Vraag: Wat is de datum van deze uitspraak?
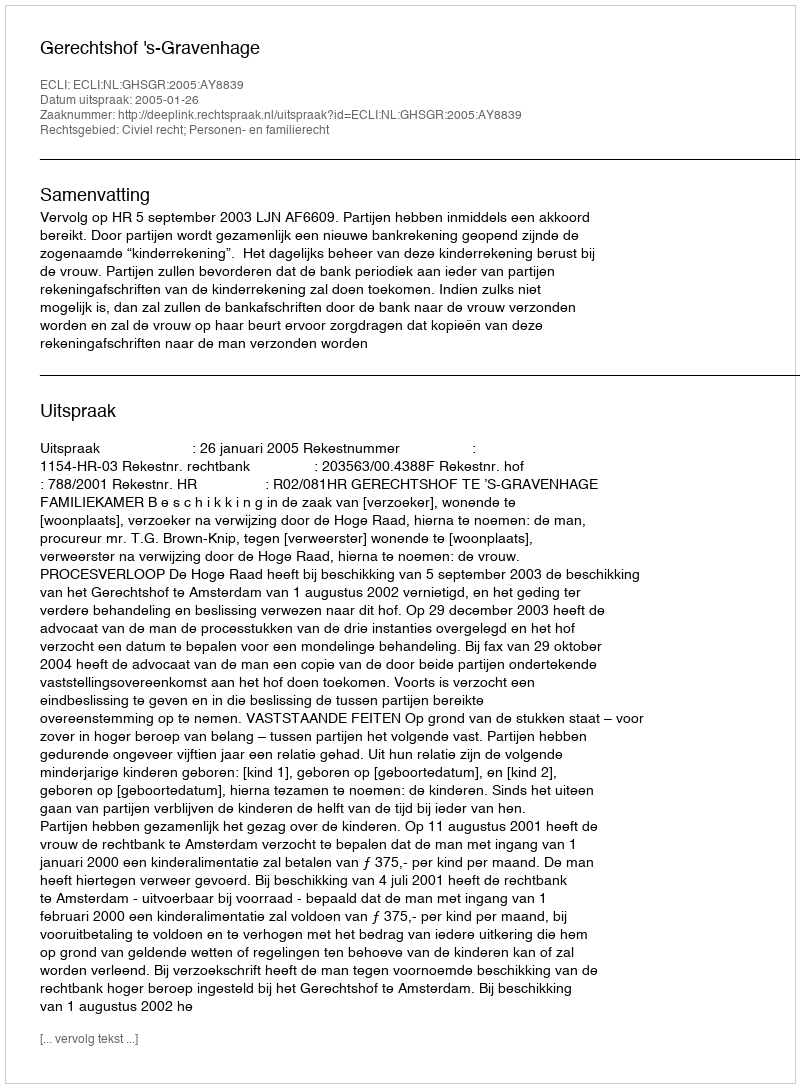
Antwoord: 2005-01-26